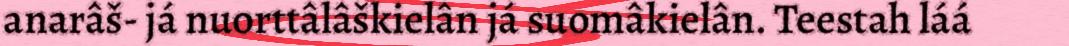
anarâš- já nuorttâlâškielân já suomâkielân. Teestah láá